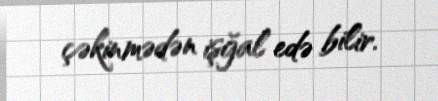
çəkinmədən işğal edə bilir.